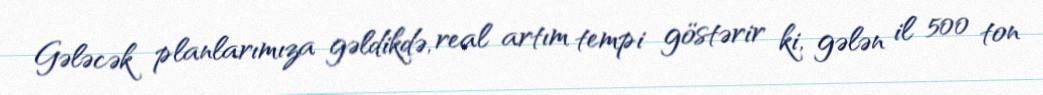
Gələcək planlarımıza gəldikdə, real artım tempi göstərir ki, gələn il 500 ton